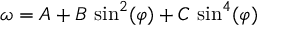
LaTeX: \omega = A + B \, \sin ^ { 2 } ( \varphi ) + C \, \sin ^ { 4 } ( \varphi )